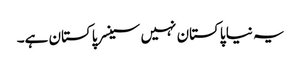
یہ نیا پاکستان نہیں سینسر پاکستان ہے۔